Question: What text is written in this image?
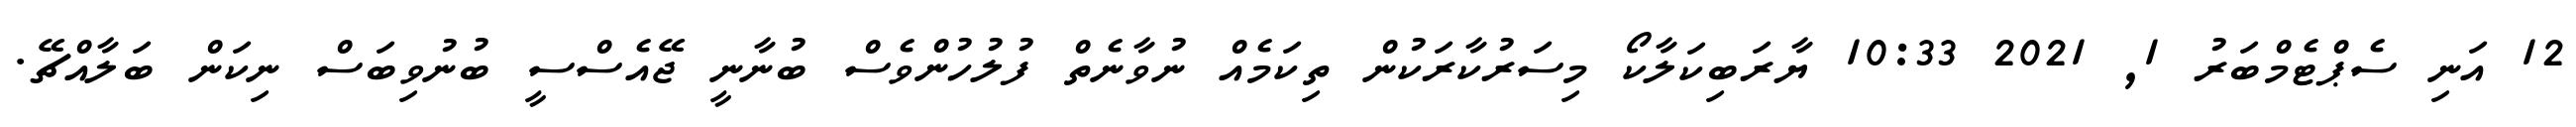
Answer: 12 އަނި ސެޕްޓެމްބަރު 1, 2021 10:33 ޔާރަބިކަލާކޯ މިސަރުކާރަކުން ތިކަމެއް ނުވާނެތް ފުލުހުންވެސް ބުނާނީ ޖޭއެސްސީ ބުނުވިބަސް ނިކަން ބަލާއްޗޭ.